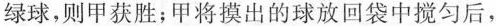
绿球，则甲获胜；甲将摸出的球放回袋中搅匀后，